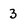
Character: 3